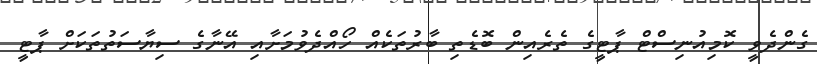
ގެންދެވީ ކޮމިއުނިސްޓް ޕާޓީގެ ތެރެއިން ބޮޑެތި ބާރުތަކެއް ހޯއްދެވުމަށާއި އޭނާގެ ސިޔާސަތުތަކަށް ޕާޓީ